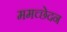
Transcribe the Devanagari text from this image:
ममच्छेदन